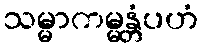
သမ္မာကမ္မန္တံပဟံ